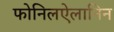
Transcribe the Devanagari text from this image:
फोनिलऐलानिन